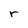
Character: r